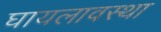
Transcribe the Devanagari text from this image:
घायलावस्था